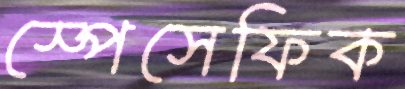
স্পেসেফিক